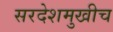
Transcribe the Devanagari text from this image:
सरदेशमुखीच